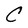
Character: C